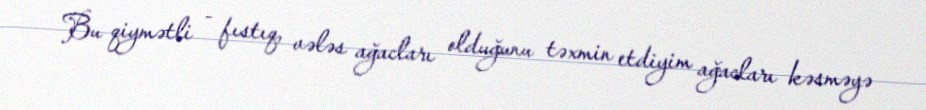
Bu qiymətli - fıstıq, vələs ağacları olduğunu təxmin etdiyim ağacları kəsməyə